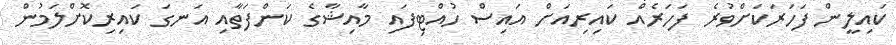
ކައިލީން ފަހަރަކަށްވުރެ ފަހަރެއް ކައިރިއަށް އައިސް ހުއްޓިފައި މާއިޝާގެ ކަންފަތާއި އަނގަ ކައިރިކޮށްލަމުން